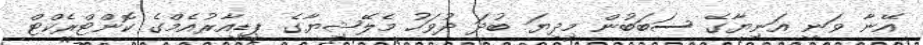
އޭނާ ވަނީ އަނިޔާގެ ސަބަބުން މިދިޔަ ބުދަ ދުވަހު މެލޭޝިޔާގެ ޕީޑީއާރުއެމްގެ ކޮންޓްރެކްޓް